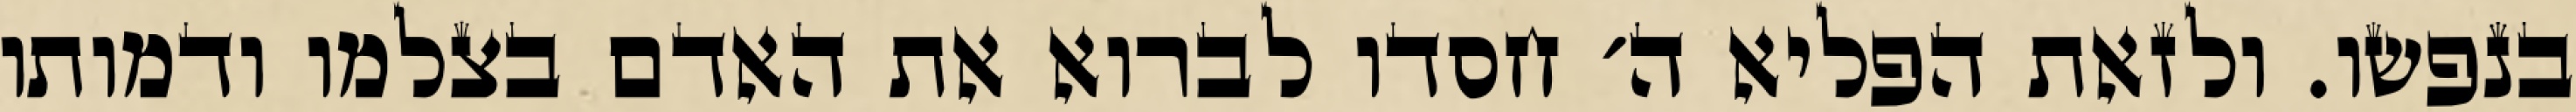
בנפשו. ולזאת הפליא ה׳ חסדו לברוא את האדם בצלמו ודמותו